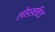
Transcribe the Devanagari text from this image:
लोहखनिज